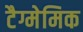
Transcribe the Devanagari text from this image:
टैग्मेमिक